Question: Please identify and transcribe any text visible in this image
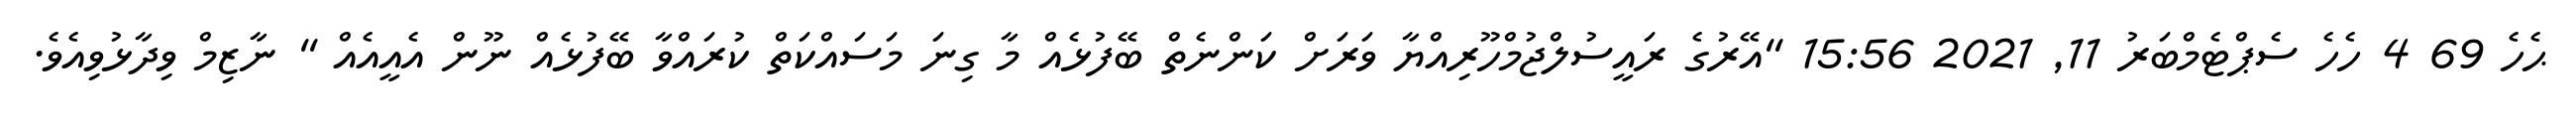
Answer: ޙެހެ 69 4 ހެހެ ސެޕްޓެމްބަރު 11, 2021 15:56 "އޭރުގެ ރައީސުލްޖުމްހޫރިއްޔާ ވަރަށް ކަންނެތް ބޭފުޅެއް މާ ގިނަ މަސައްކަތް ކުރައްވާ ބޭފުޅެއް ނޫން އެއީއެއް " ނާޒިމް ވިދާޅުވިއެވެ.